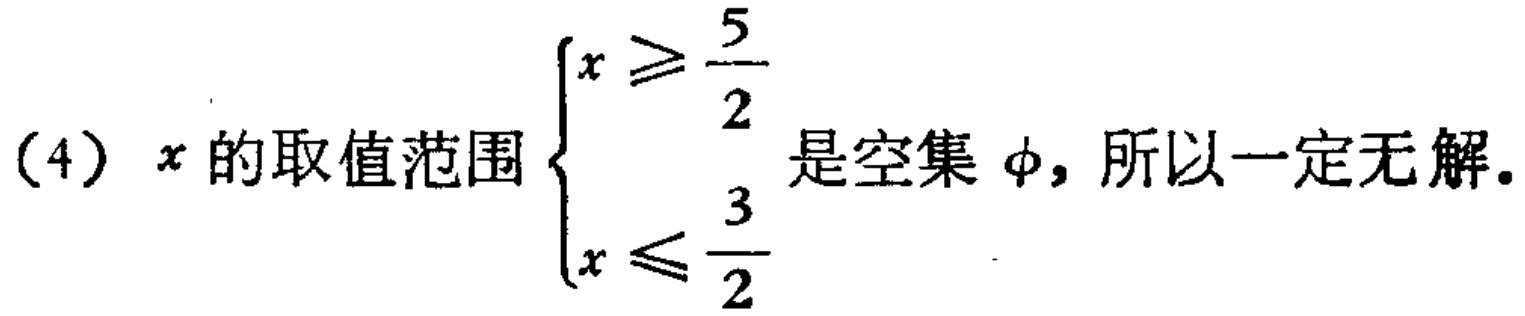
（4）\(x\)的取值范围\(\begin{cases}x \geqslant \dfrac{5}{2}\\x \leqslant \dfrac{3}{2}\end{cases}\)是空集\(\varnothing\)，所以一定无解。